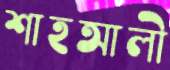
শাহআলী